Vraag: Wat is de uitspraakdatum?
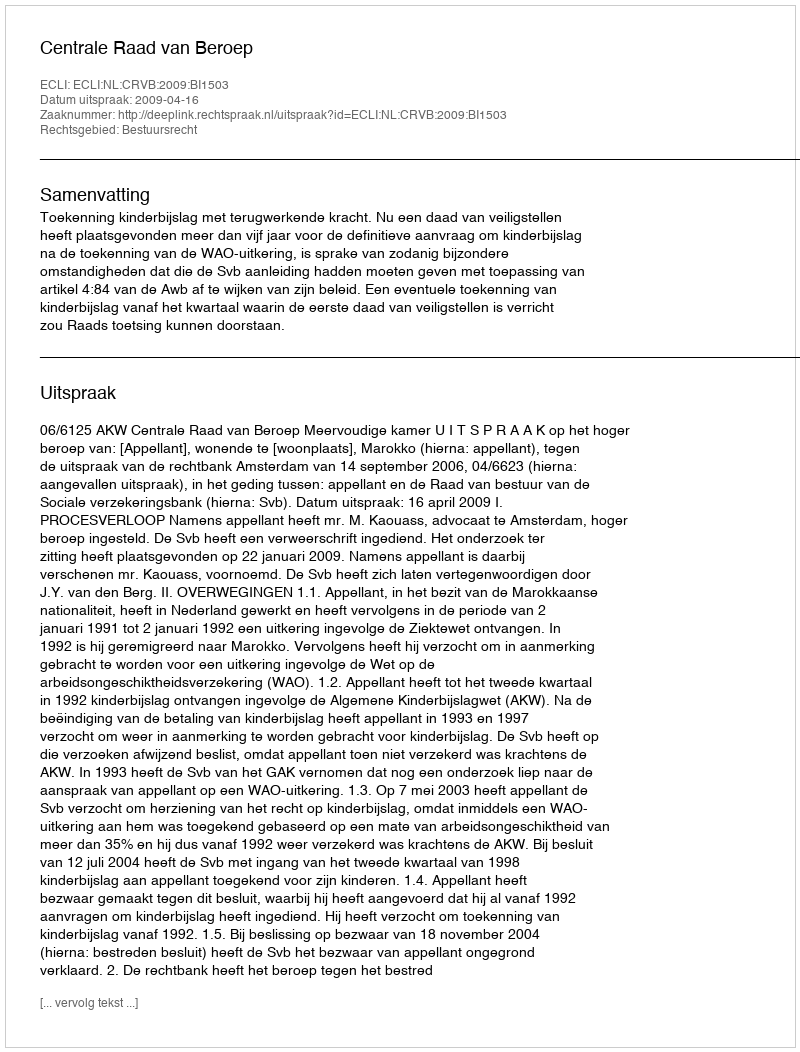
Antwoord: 2009-04-16